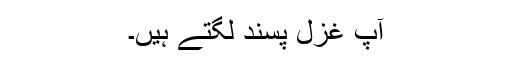
آپ غزل پسند لگتے ہیں۔